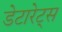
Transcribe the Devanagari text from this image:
डेटारेट्स